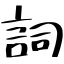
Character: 詞